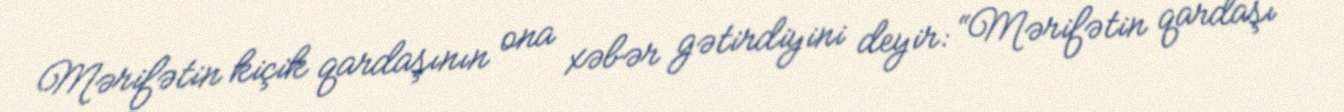
Mərifətin kiçik qardaşının ona xəbər gətirdiyini deyir: “Mərifətin qardaşı